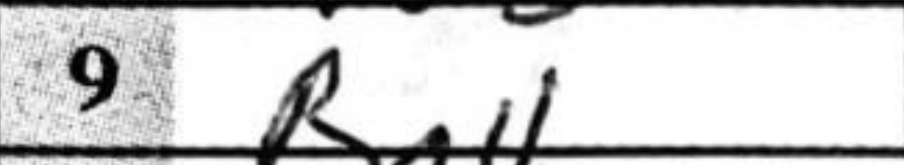
Transcription: Bc4